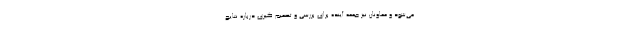
می‌شود و معاونان نیز جمعه آینده برای بررسی و تصمیم گیری درباره نتایج